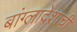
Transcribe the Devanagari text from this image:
बांग्लादेशाची